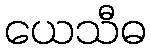
ယေသီဓ